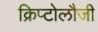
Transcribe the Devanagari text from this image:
क्रिप्टोलौजी